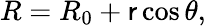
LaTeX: R=R_{0}+\mathsf{r}\cos\theta,